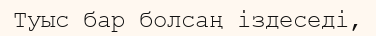
Туыс бар болсаң іздеседі,